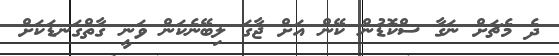
ދެ މެޗަށް ނަގާ ސްކޮޑުން ކޭން އަށް ޖާގަ ލިބޭނެކަން ވަނީ ގާތްގަނޑަކަށް